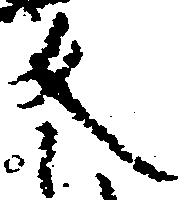
反